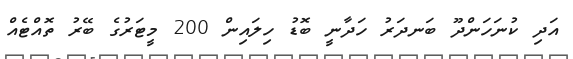
އަދި ކުނަހަންދޫ ބަނދަރު ހަދާނީ ބޮޑު ހިލައިން 200 މީޓަރުގެ ބޭރު ތޮއްޓެއް